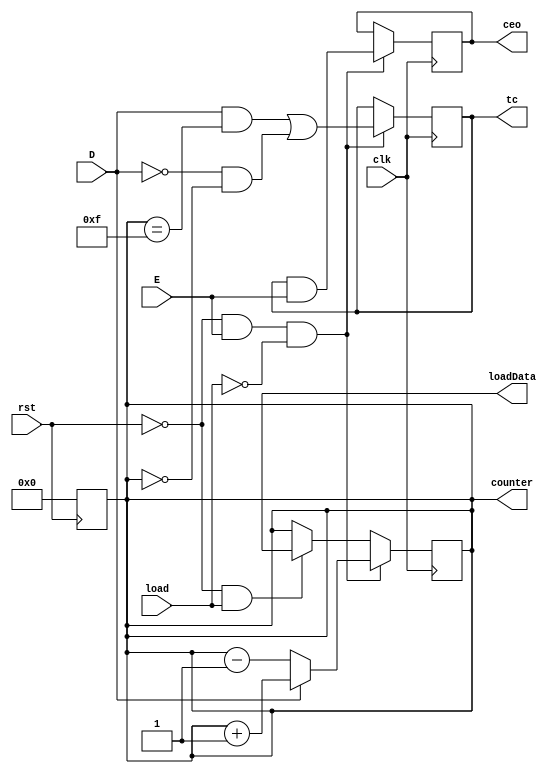
/*
 The CB*CLED component naming convention is
  - Counter  
  - Binary                  
  - 4/2-bit
  - C (asynchronous reset/Clear)   
  - Load        
  - E (chip Enable)     
  - D (up/Down)

  https://www.vicilogic.com/vicilearn/run_step/?c_id=22&c_pos=286
*/
module BinaryCounter #(
   parameter WIDTH = 4
) (
   input                   clk, rst,
   output reg [WIDTH-1:0]  loadData, counter,
   input                   E, D, load,
   output reg              tc, ceo
);

   always @(posedge rst) begin
      counter <= {WIDTH{1'b0}};
   end

   always @(posedge clk) begin
      if(!rst && E && !load)
      begin
        counter <= D ? counter + 1 : counter - 1;
        tc <= (D && counter == {WIDTH{1'b1}}) || (!D && counter == {WIDTH{1'b0}});
        ceo <= tc && E;
      end
      else if(!rst && load)
         counter <= loadData;      
         
   end
endmodule